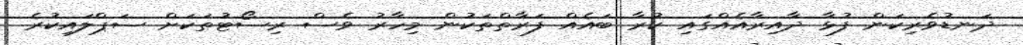
ދަނޑުވެރިކަން ފުޅާ ދާއިރާއެއްގައި ކުރާ ބައެއް ފަރާތްތަކުން މިހާރު ވެސް ރިސޯޓުތަކަށް ސަޕްލައިކުރެ